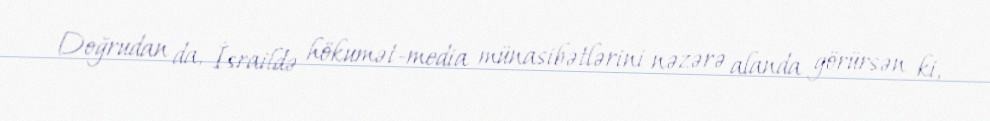
Doğrudan da, İsraildə hökumət-media münasibətlərini nəzərə alanda görürsən ki,